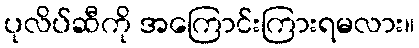
ပုလိပ်ဆီကို အကြောင်းကြားရမလား။